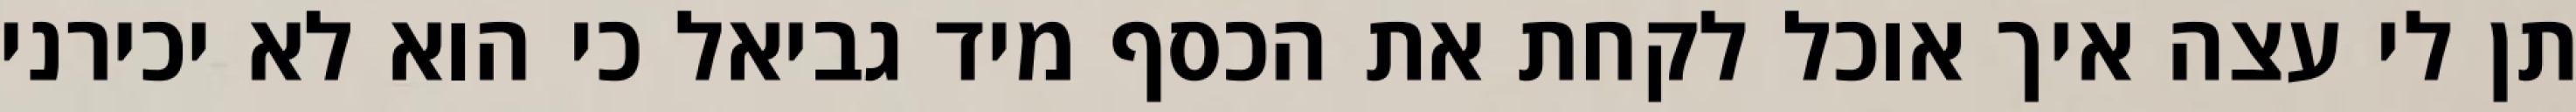
תן לי עצה איך אוכל לקחת את הכסף מיד גביאל כי הוא לא יכירני